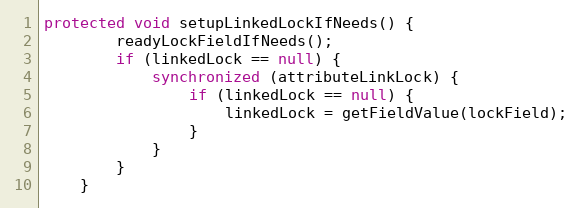
Language: Java
protected void setupLinkedLockIfNeeds() {
        readyLockFieldIfNeeds();
        if (linkedLock == null) {
            synchronized (attributeLinkLock) {
                if (linkedLock == null) {
                    linkedLock = getFieldValue(lockField);
                }
            }
        }
    }